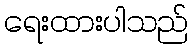
ရေးထားပါသည်